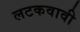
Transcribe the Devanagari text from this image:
लटकवावी